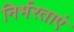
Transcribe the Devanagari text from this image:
निर्भरताएं